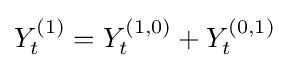
{\textstyle Y_{t}^{(1)}=Y_{t}^{(1,0)}+Y_{t}^{(0,1)}}